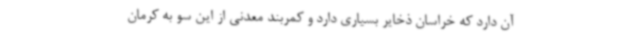
آن دارد که خراسان ذخایر بسیاری دارد و کمربند معدنی از این سو به کرمان